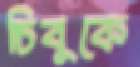
চিবুকে